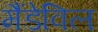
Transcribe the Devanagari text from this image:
मैंडेविल